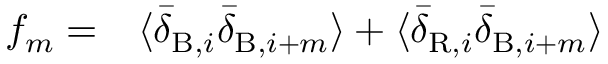
\begin{array} { r l } { f _ { m } = } & { { } \langle \bar { \delta } _ { \mathrm { B } , i } \bar { \delta } _ { \mathrm { B } , i + m } \rangle + \langle \bar { \delta } _ { \mathrm { R } , i } \bar { \delta } _ { \mathrm { B } , i + m } \rangle } \end{array}